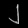
Digit: ၂